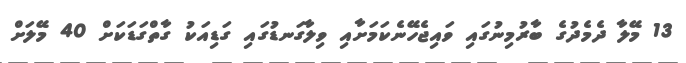
13 މޭލާ ދެމެދުގެ ބާރުމިނުގައި ވައިޖެހޭނެކަމަށާއި ވިލާގަނޑުގައި ގަޑިއަކު ގާތްގަޑަކަށް 40 މޭލަށް